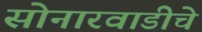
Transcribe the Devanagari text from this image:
सोनारवाडीचे